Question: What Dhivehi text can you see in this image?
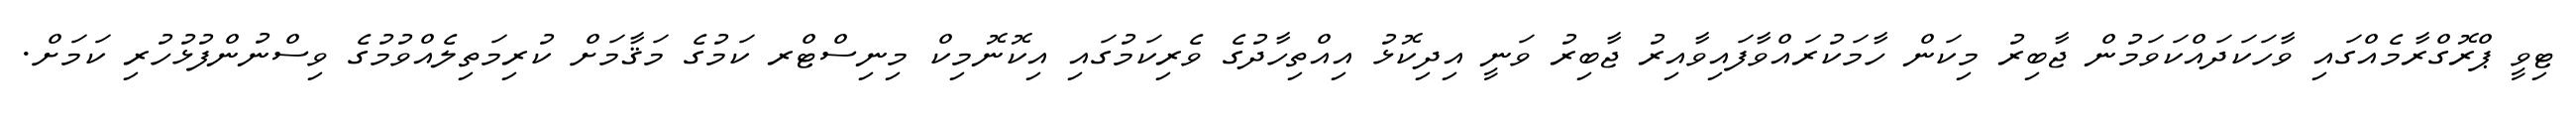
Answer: ޓިވީ ޕްރޮގްރާމެއްގައި ވާހަކަދައްކަވަމުން ޖާބިރު މިކަން ހާމަކުރައްވާފައިވާއިރު ޖާބިރު ވަނީ އިދިކޮޅު އިއްތިހާދުގެ ވެރިކަމުގައި އިކޮނޮމިކް މިނިސްޓްރ ކަމުގެ މަޤާމަށް ކުރިމަތިލެއްވުމުގެ ވިސްނުންފުޅުހުރި ކަމަށް.